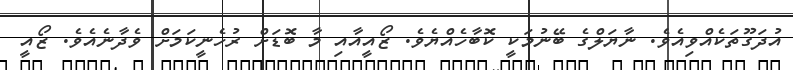
އުދަގޫތަކެއްވިއެވެ. ނާޔަލްގެ ބޭނުމަކީ ކޮބާހެއްޔެވެ. ޒޯއީއާއި މާ ބޮޑަށް ރުހެނީކަމަށް ވެދާނެއެވެ. ޒޯއީ